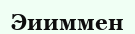
Эииммен